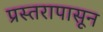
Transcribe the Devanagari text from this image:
प्रस्तरापासून